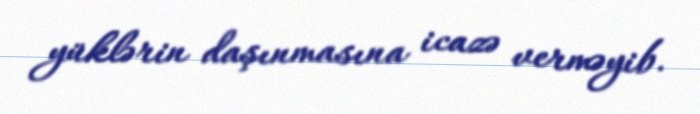
yüklərin daşınmasına icazə verməyib.